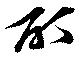
酊